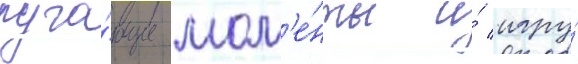
пуга́ющие мом'е́нты и́ игру́